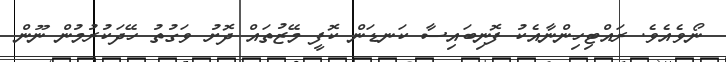
ނޯވެއެވެ. ރައްޓިހިންނާއެކު ފޮނިބައިސާ ކަނޑަން ކޮފީ މޭޒުތައް ދޮށު ވަގުތު ހޭދަކުރުމުން ނޫން